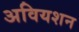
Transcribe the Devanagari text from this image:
अवियशन